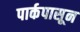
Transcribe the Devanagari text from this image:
पार्कपासून